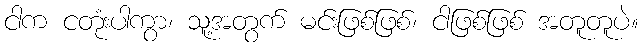
ငါက ငတုံးပါကွာ၊ သူ့အတွက် မင်းဖြစ်ဖြစ်၊ ငါဖြစ်ဖြစ် အတူတူပဲ။